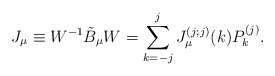
\begin{align*}J_{\mu} \equiv W^{-1} \tilde{B}_{\mu} W =\sum_{k=-j}^{j} J_{\mu}^{(j;j)}(k)P_k^{(j)}. \end{align*}